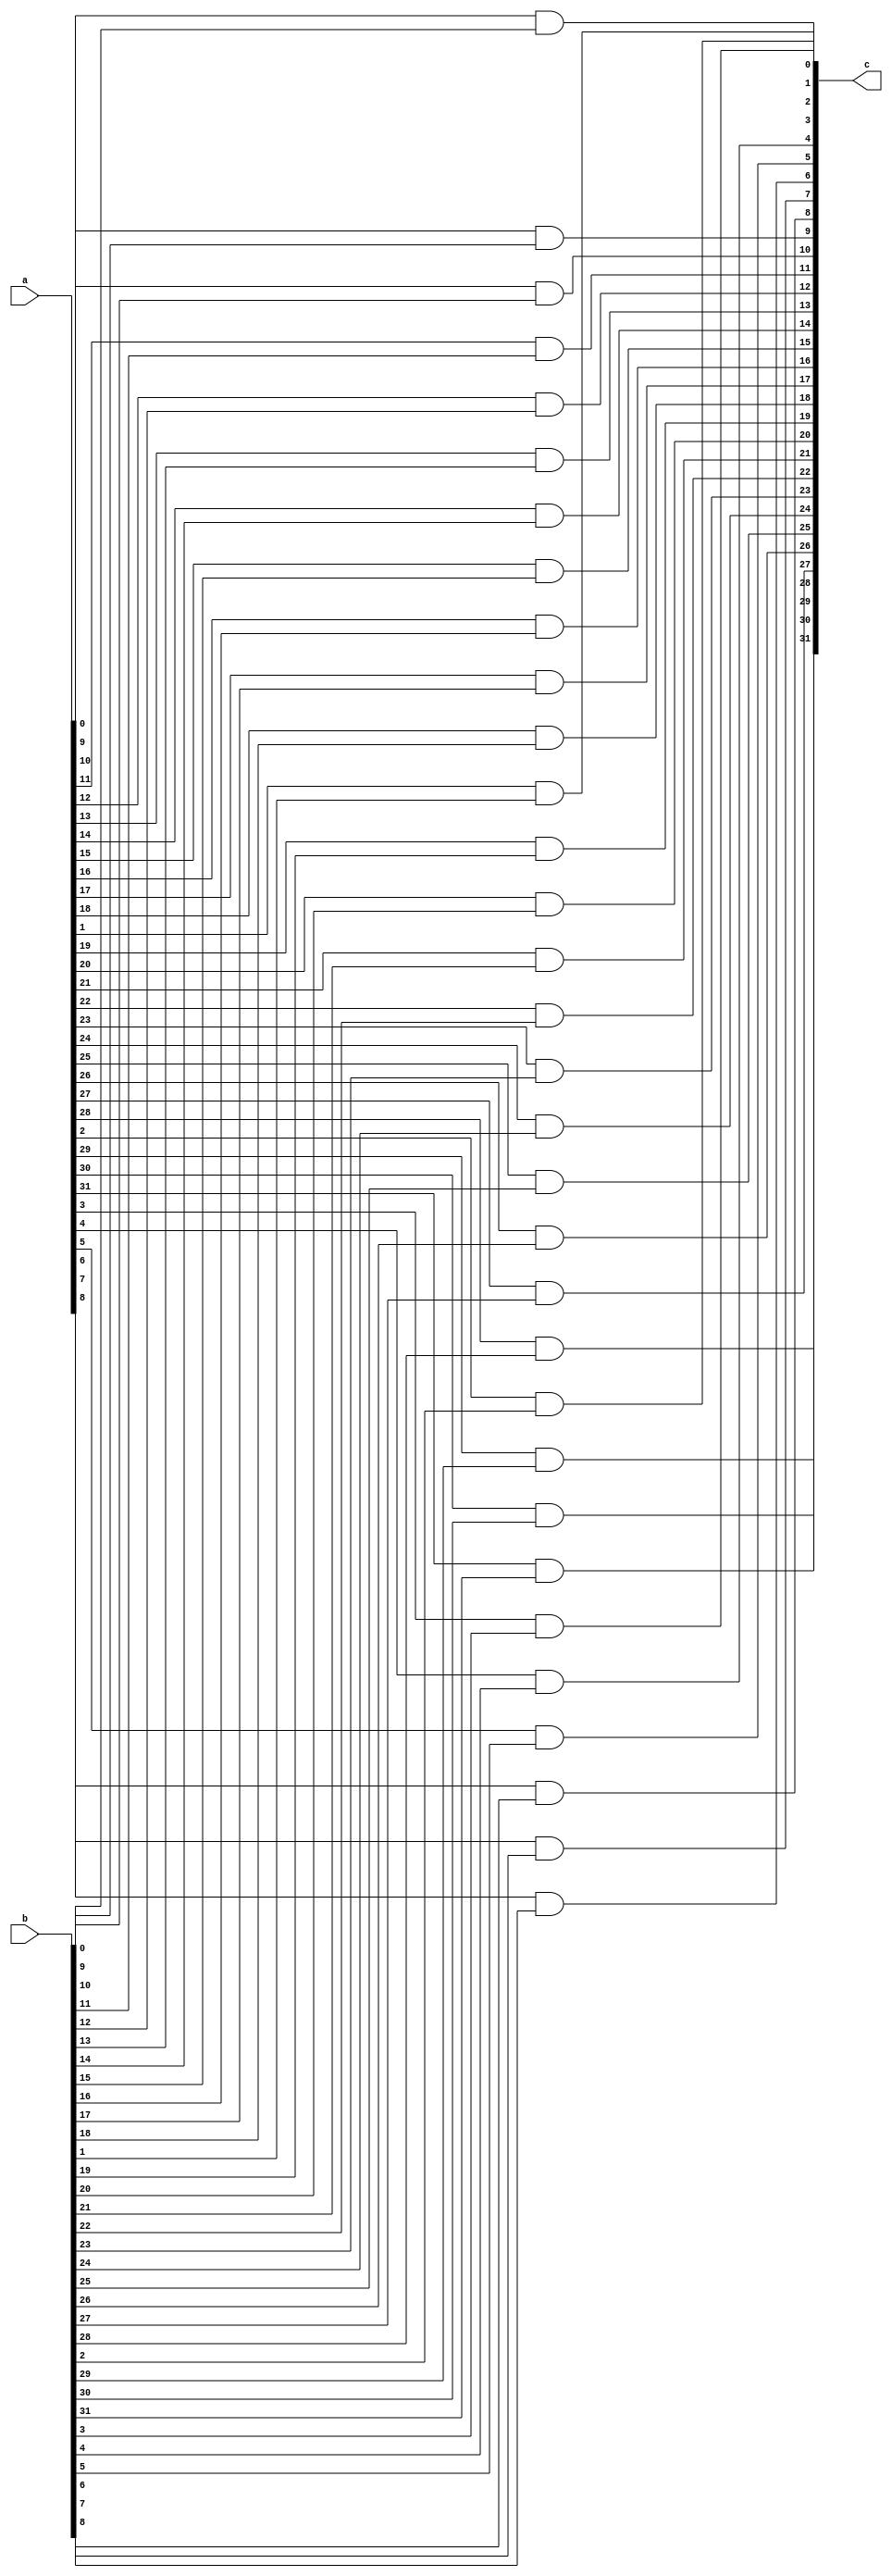
module AND(
    input [31:0]a,
    input [31:0]b,
    output [31:0]c
    );
    genvar i;
    generate for(i=0;i<32;i=i+1) begin
        and a1 (c[i],a[i],b[i]);
    end
    endgenerate
endmodule